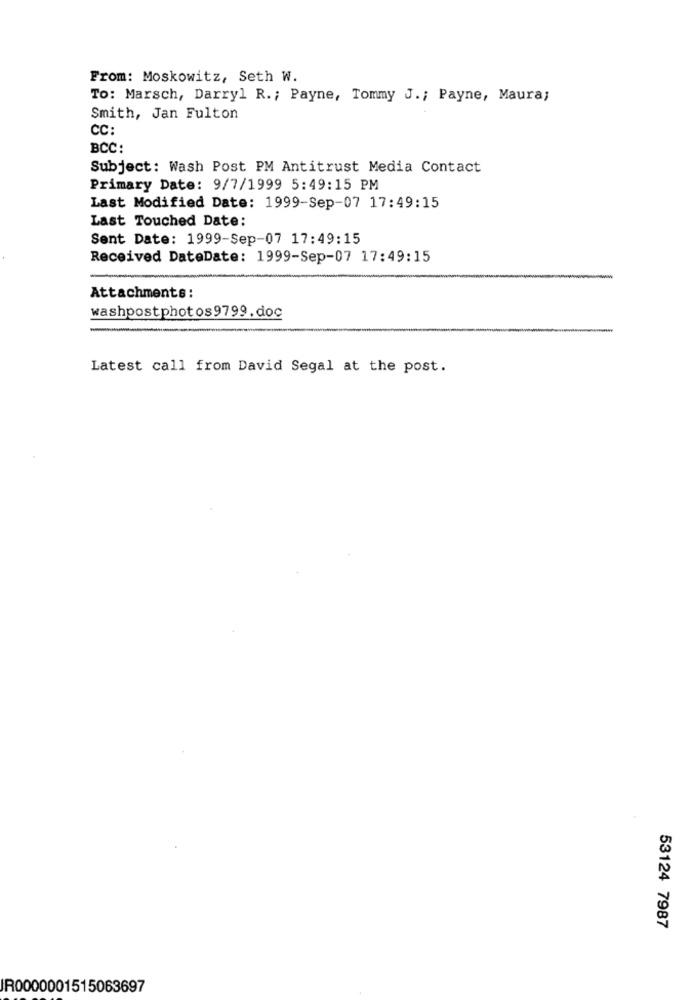
From: Moskowitz, Seth W.
To: Marsch, Darryl R .; Payne, Tommy J .; Payne, Maura;
Smith, Jan Fulton
CC:
BCC:
Subject: Wash Post PM Antitrust Media Contact
Primary Date: 9/7/1999 5:49:15 PM
Last Modified Date: 1999-Sep-07 17:49:15
Last Touched Date:
Sent Date: 1999-Sep-07 17:49:15
Received DateDate: 1999-Sep-07 17:49:15
Attachments:
washpostphotos9799. doc
Latest call from David Segal at the post.
53124 7987
IR0000001515063697